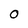
Character: 0